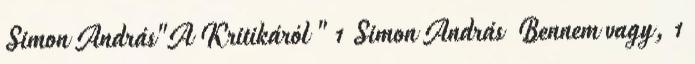
Simon András"A Kritikáról " 1 Simon András Bennem vagy, 1